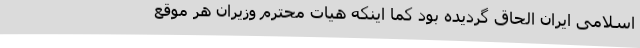
اسلامی ایران الحاق گردیده بود کما اینکه هیات محترم وزیران هر موقع